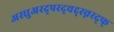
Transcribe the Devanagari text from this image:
अस्धुअस्द्पस्द्चद्स्च्नस्द्फ्